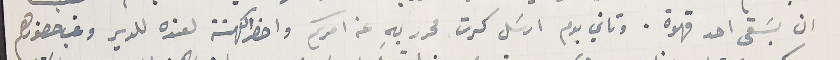
ان يسَقى احد قهوة. وتاني يوم ارسَل كرت محرر بهِ عن امركم واحضر الكهنة لعنده للدير وغب حضورهم